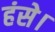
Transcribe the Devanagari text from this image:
हंसे।